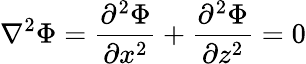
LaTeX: \nabla^{2}\Phi=\frac{\partial^{2}\Phi}{\partial x^{2}}+\frac{\partial^{2}\Phi}{\partial z^{2}}=0